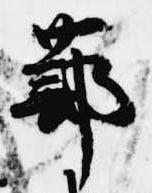
蔀